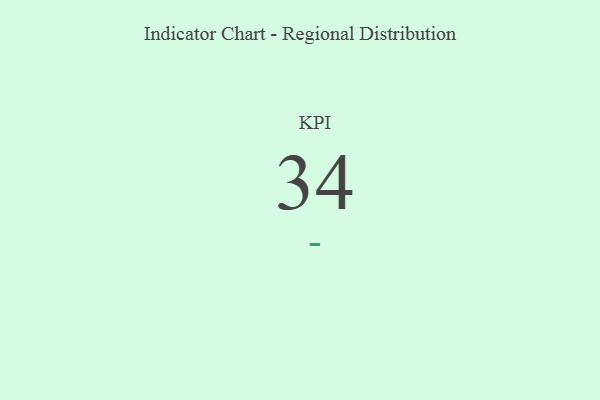
{"axis": {"x": "KPI", "y": "Value"}, "legend": [""], "data": [{"x": "KPI", "y": 34, "type": ""}]}